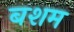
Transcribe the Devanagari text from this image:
बशम